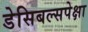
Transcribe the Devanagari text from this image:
डेसिबल्सपेक्षा